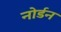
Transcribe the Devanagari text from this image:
नोर्डन